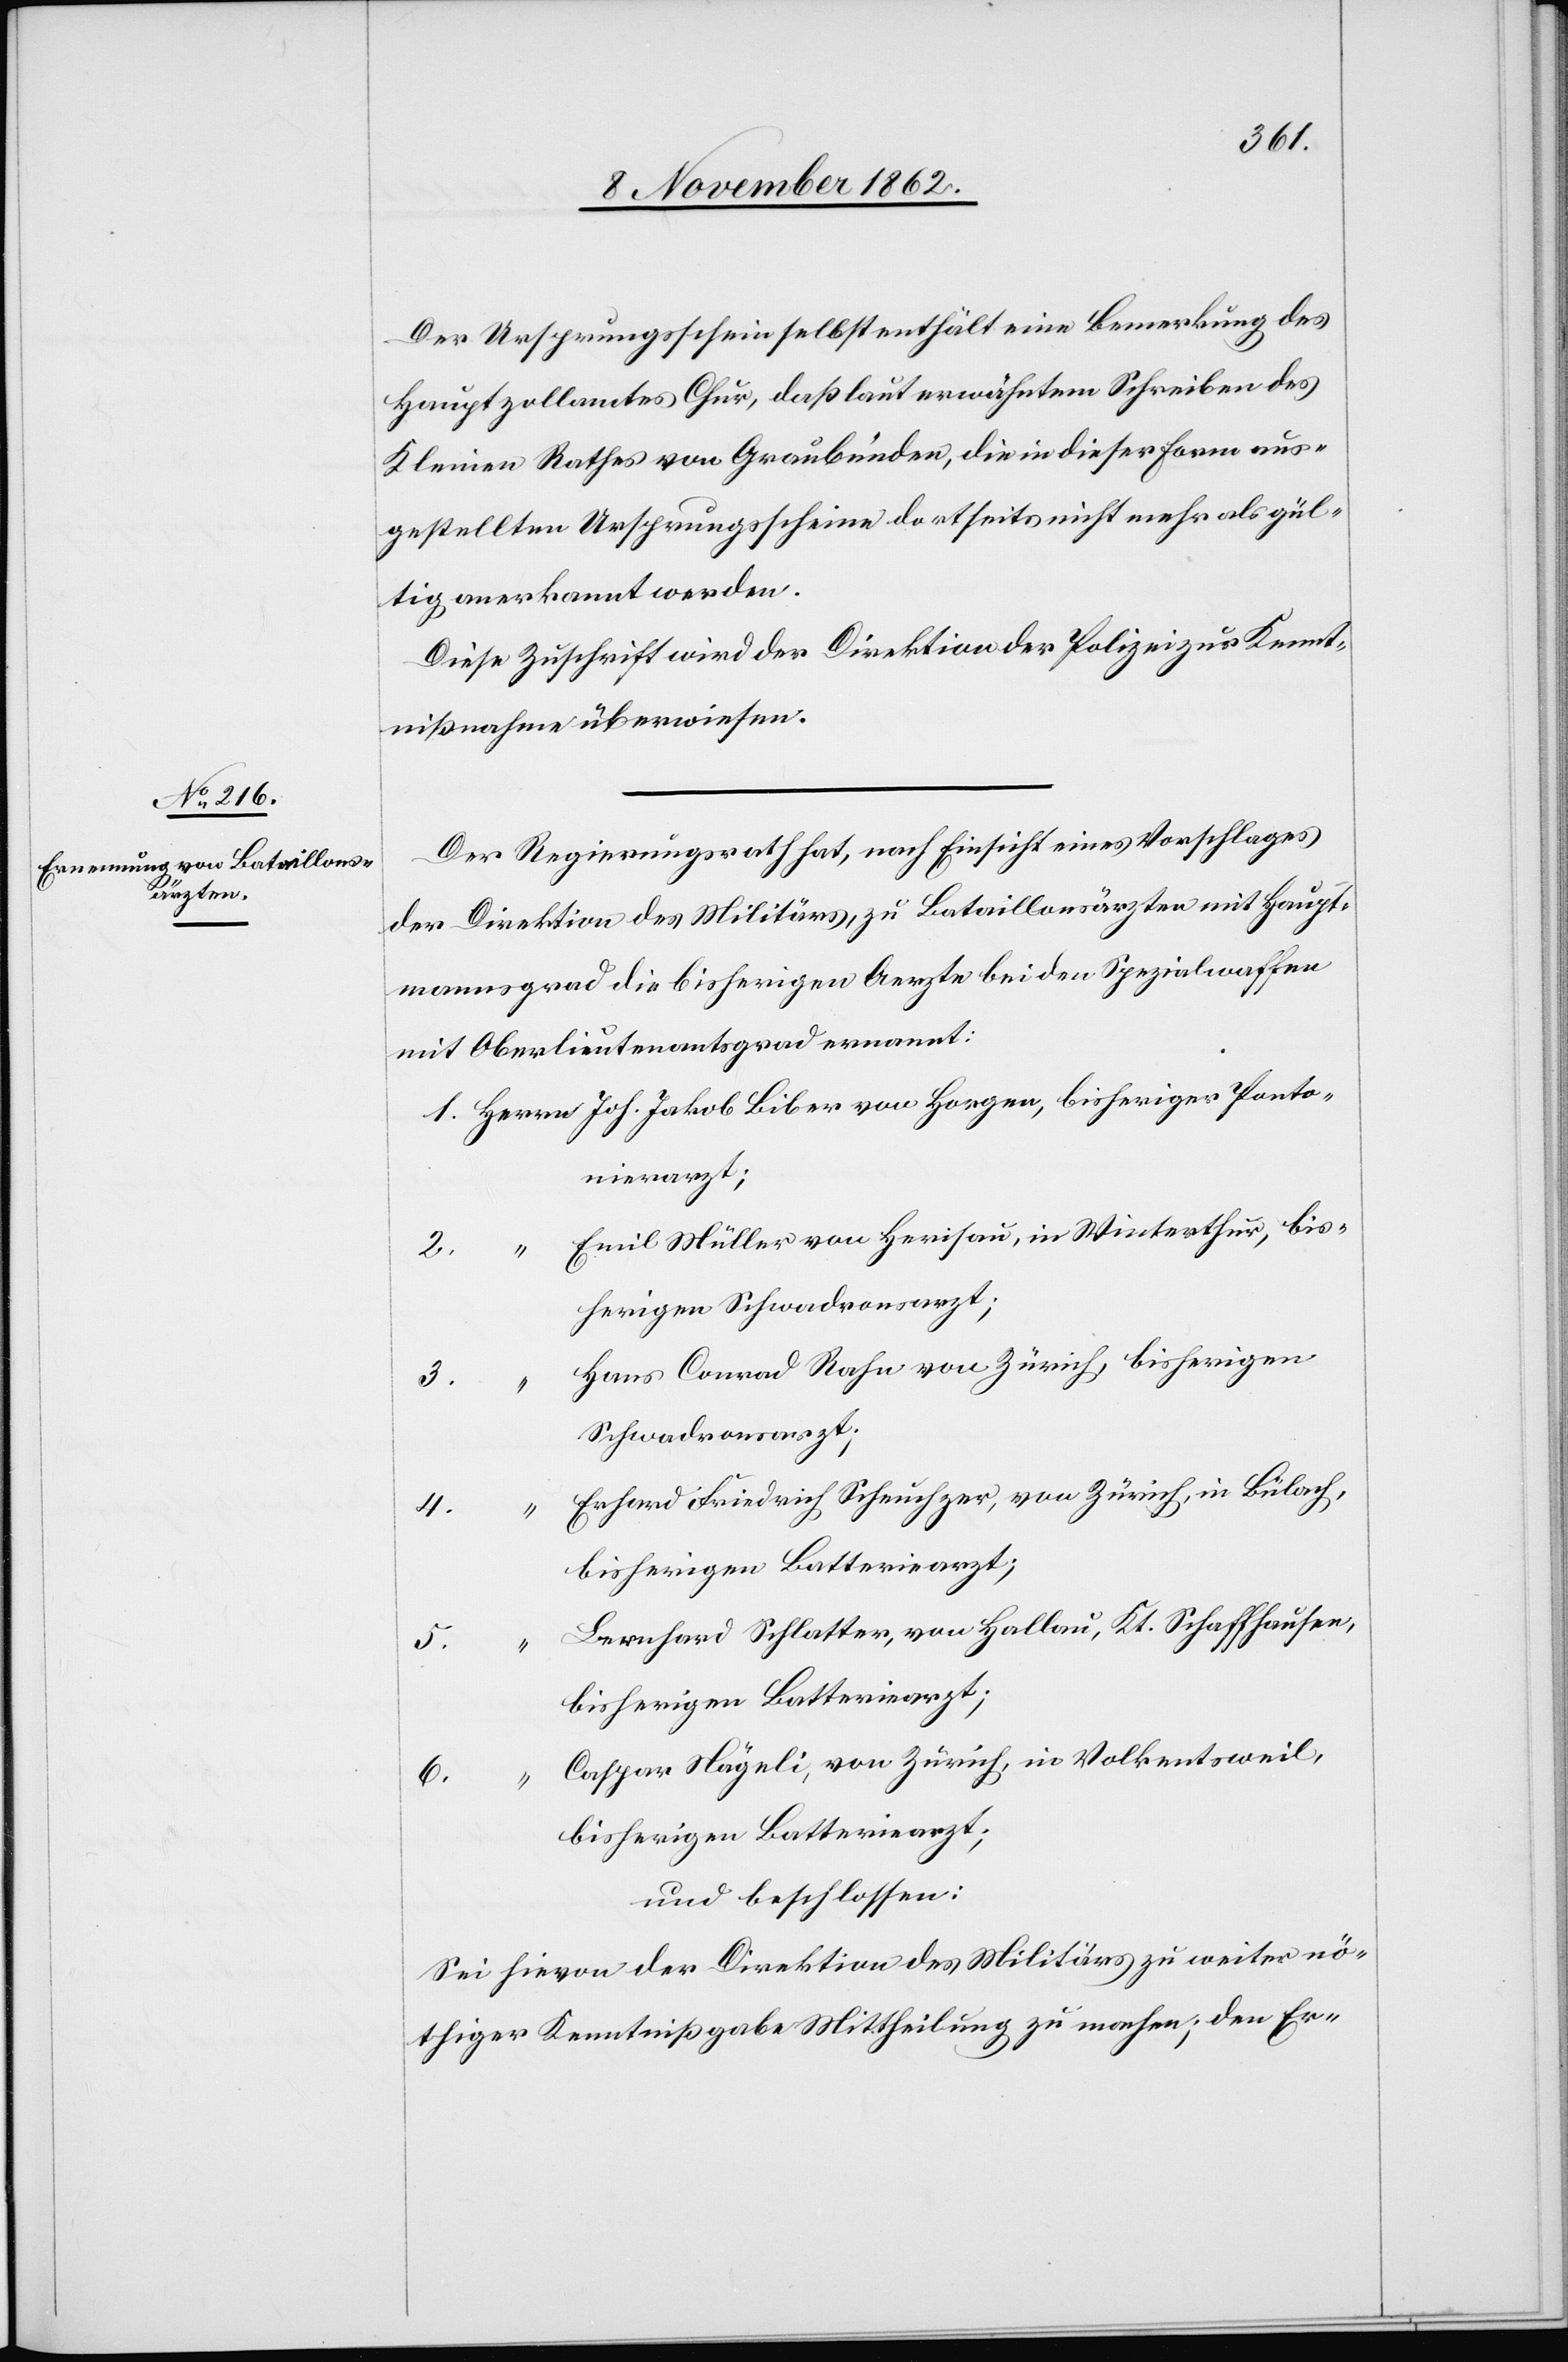
Horgen,

Ponto¬
Der Ursprungsschein selbst enthält eine Bemerkung des
Hauptzollamtes Chur, daß laut erwähntem Schreiben des
Kleinen Rathes von Graubünden, die in dieser Form aus¬
gestellten Ursprungsscheine dortseits nicht mehr als gül¬
tig anerkannt werden.
Diese Zuschrift wird der Direktion der Polizei zur Kennt¬
nißnahme überwiesen.
Der Regierungsrath hat, nach Einsicht eines Vorschlages
der Direktion des Militärs, zu Bataillonsärzten mit Haupt¬
mannsgrad die bisherigen Aerzte bei den Spezialwaffen
mit Oberlieutenantsgrad ernannt:
nierarzt;
Emil Müller von Herisau, in Winterthur, bis¬
2.
herigen Schwadronsarzt;
Hans Conrad Rahn von Zürich, bisherigen
3.
“
Schwadronarzt;
Erhard Friedrich Scheuchzer, von Zürich, in Bülach,
Bernhard Schlatter, von Hallau, Kt. Schaffhausen,
5.
bisherigen Batteriearzt;
Caspar Nägeli, von Zürich, in Volkentsweil,
4.
bisherigen Batteriearzt;
und beschlossen:
Sei hievon der Direktion des Militärs zu weiter nö¬
thiger Kenntnißgabe Mittheilung zu machen; den Er-